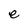
Character: e